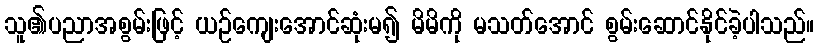
သူ၏ပညာအစွမ်းဖြင့် ယဉ်ကျေးအောင်ဆုံးမ၍ မိမိကို မသတ်အောင် စွမ်းဆောင်နိုင်ခဲ့ပါသည်။